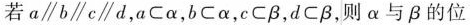
若a \parallel b \parallel c \parallel d，α \subset α，b \subset α，c \subset β，d \subset β，则α与β的位